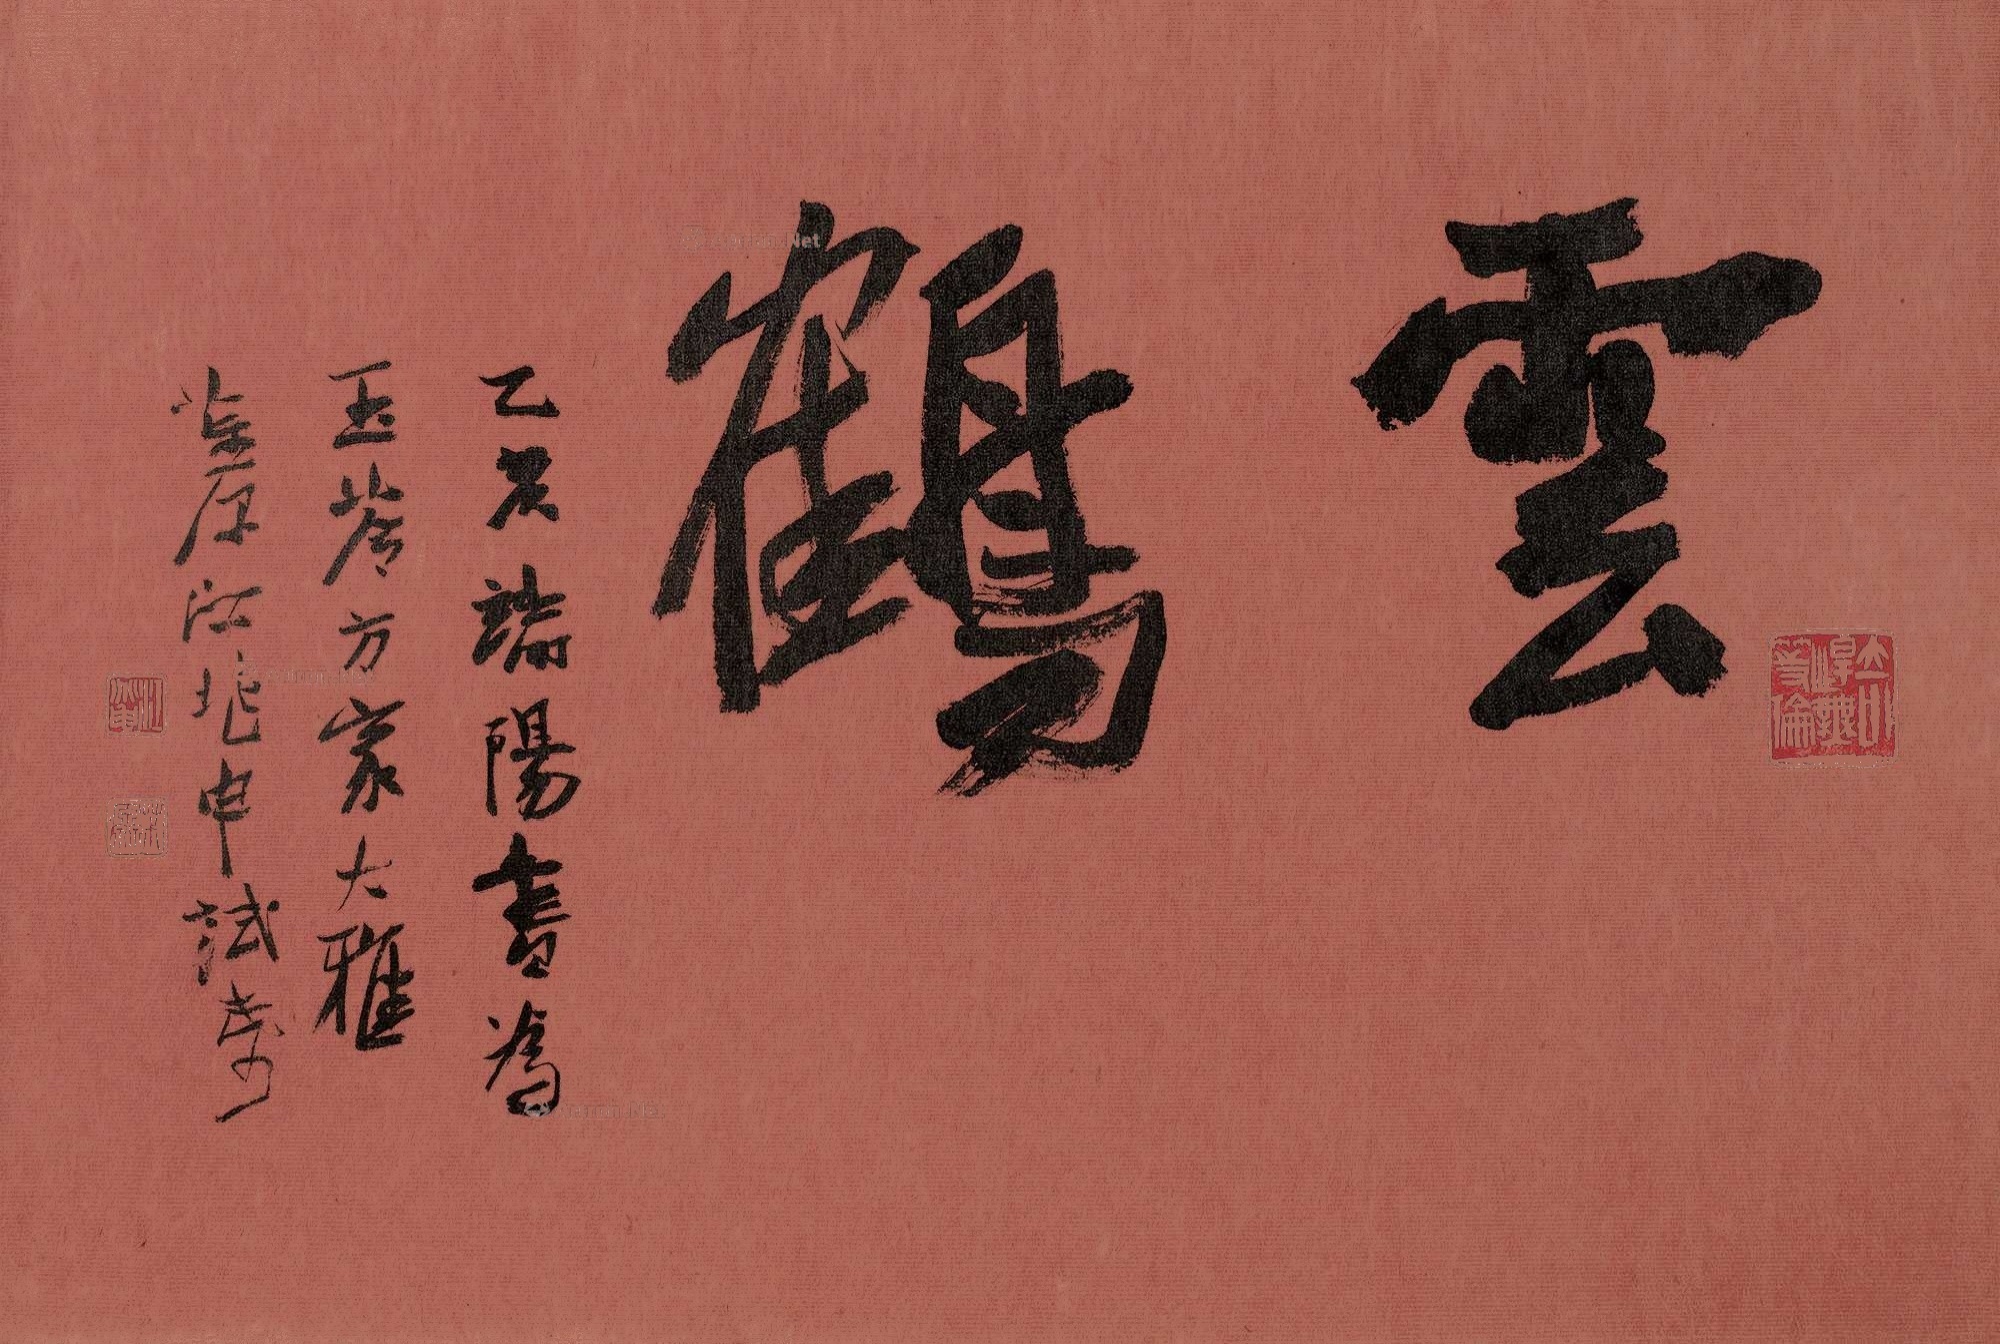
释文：云鹤。乙亥志阳书为玉芬方家大雅，茮原江兆申试纸。